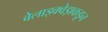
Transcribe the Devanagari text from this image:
वेलाझ्क्वेझकडून